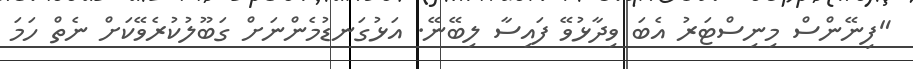
"ފިނޭންސް މިނިސްޓަރު އެބަ ވިދާޅުވޭ ފައިސާ ލިބޭނޭ. އަޅުގަނޑުމެންނަށް ގަބޫލުކުރެވޭކަށް ނެތް ހަމަ